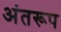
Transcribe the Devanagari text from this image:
अंतरूप